Triennial report on the lunatic asylums in the province of Eastern Bengal and Assam - 1903-1911
Year: 1903
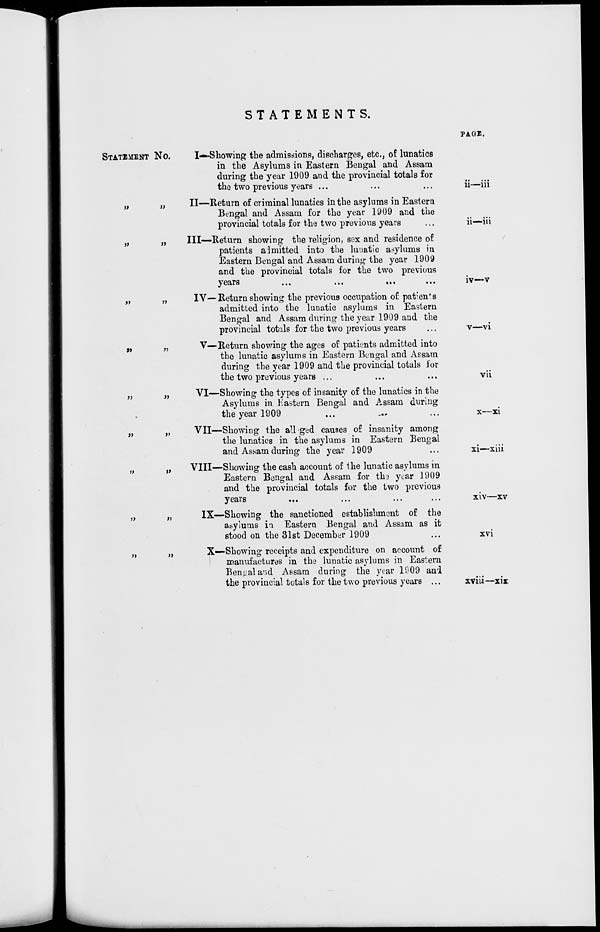
STATEMENTS.
STATEMENT No.
I—
„ „ II—
„
„
III—
„ „ IV—
„
„
V—
„ „ VI—
„
„
VII—
„ „ VIII—
„
„
IX—
„ „ X—
Showing the admissions, discharges, etc., of lunatics
in the Asylums in Eastern Bengal and Assam
during the year 1909 and the provincial totals for
the two previous years ... ... ...
Return of criminal lunatics in the asylums in Eastern
Bengal and Assam for the year 1909 and the
provincial totals for the two previous years ...
Return showing the religion, sex and residence of
patients admitted into the lunatic asylums in
Eastern Bengal and Assam during the year 1909
and the provincial totals for the two previous
years
...
...
...
...
Return showing the previous occupation of patients
admitted into the lunatic asylums in Eastern
Bengal and Assam during the year 1909 and the
provincial totals for the two previous years
Return showing the ages of patients admitted into
the lunatic asylums in Eastern Bengal and Assam
during the year 1909 and the provincial totals for
the two previous years ... ... ...
Showing the types of insanity of the lunatics in the
Asylums in Eastern Bengal and Assam during
the year 1909 ... ... ...
Showing the alleged causes of insanity among
the lunatics in the asylums in Eastern Bengal
and Assam during the year 1909 ...
Showing the cash account of the lunatic asylums in
Eastern Bengal and Assam for the year 1909
and the provincial totals for the two previous
years ... ... ... ...
Showing the sanctioned establishment of the
asylums in Eastern Bengal and Assam as it
stood on the 31st December 1909 ...
Showing receipts and expenditure on account of
manufactures in the lunatic asylums in Eastern
Bengal and Assam during the year 1909 and
the provincial totals for the two previous years ...
PAGE.
ii—iii
ii—iii
iv—v
v—vi
vii
x—xi
xi—xiii
xiv—xv
xvi
xviii—xix